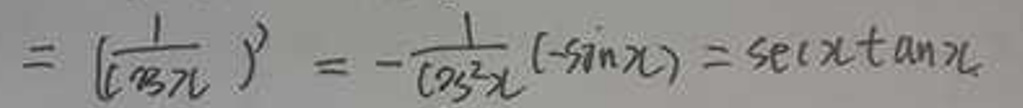
\[
= \left(\frac{1}{\cos x}\right)'=-\frac{1}{\cos^{2}x}(-\sin x)=\sec x\tan x
\]